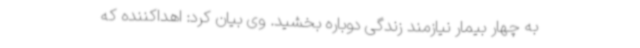
به چهار بیمار نیازمند زندگی دوباره بخشید. وی بیان کرد: اهداکننده که